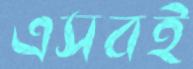
এসবই